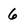
Character: 6